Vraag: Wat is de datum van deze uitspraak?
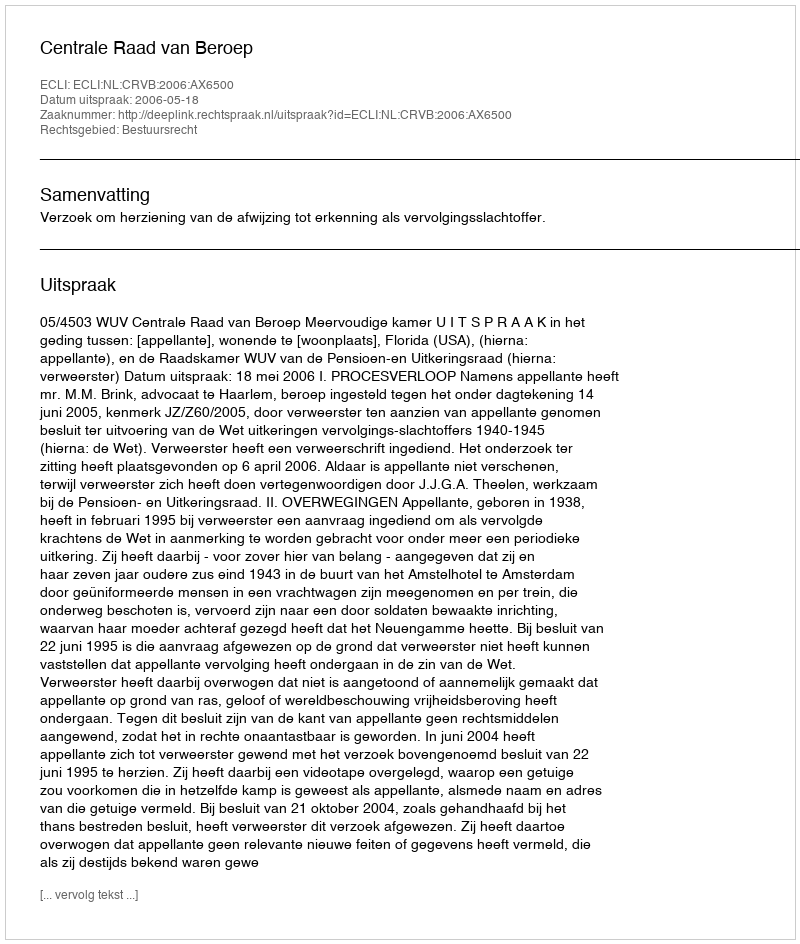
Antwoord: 2006-05-18